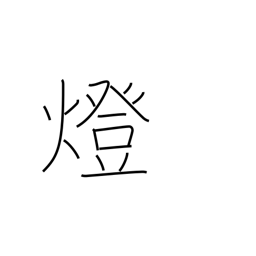
Meaning: counter for lights